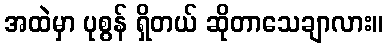
အထဲမှာ ပုစွန် ရှိတယ် ဆိုတာသေချာလား။